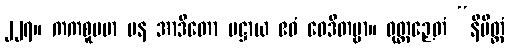
၂၂၇။ ကကစူပမာ ပန အာဒိတော ပဋ္ဌာယ ဧဝံ ဝေဒိတဗ္ဗာ။ ဝုတ္တဉှေတံ “နိမိတ္တံ